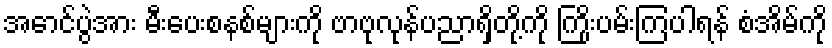
အောင်ပွဲအား မီးပေးစနစ်များကို ဗာဗုလုန်ပညာရှိတို့ကို ကြိုးပမ်းကြပါရန် စံအိမ်ကို